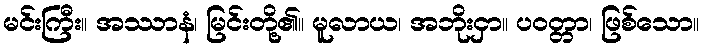
မင်းကြီး။ အဿာနံ၊ မြင်းတို့၏။ မူလာယ၊ အဘိုးငှာ။ ပဝတ္တာ၊ ဖြစ်သော။